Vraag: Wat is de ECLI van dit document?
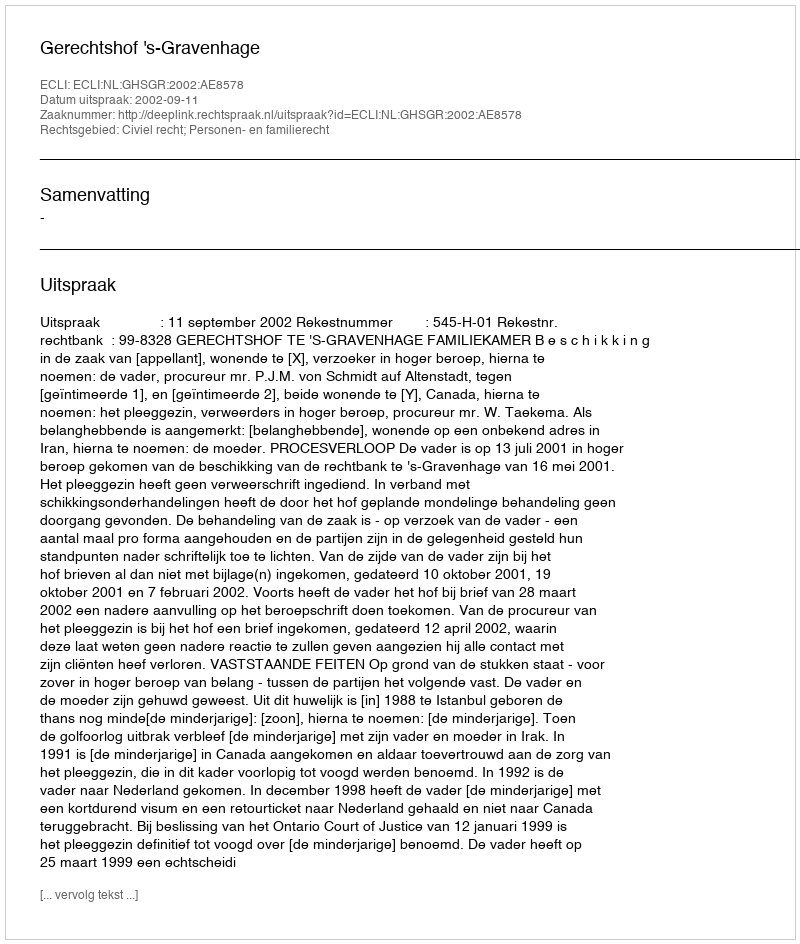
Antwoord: ECLI:NL:GHSGR:2002:AE8578